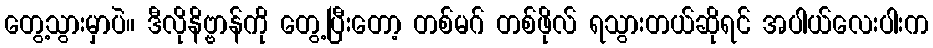
တွေ့သွားမှာပဲ။ ဒီလိုနိဗ္ဗာန်ကို တွေ့ပြီးတော့ တစ်မဂ် တစ်ဖိုလ် ရသွားတယ်ဆိုရင် အပါယ်လေးပါးက